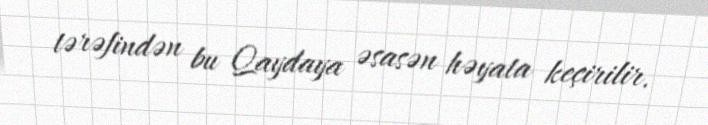
tərəfindən bu Qaydaya əsasən həyata keçirilir.